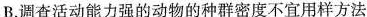
B.调查活动能力强的动物的种群密度不宜用样方法